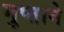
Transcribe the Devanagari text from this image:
गुप्ताने